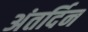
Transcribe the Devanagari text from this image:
अंतर्दिन